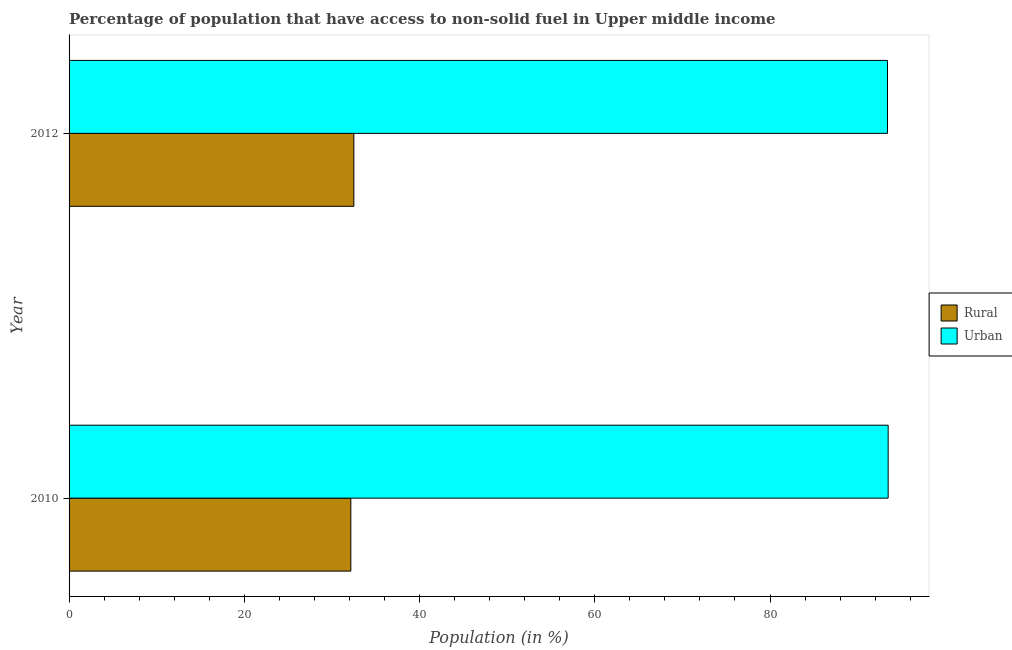
| Year | Rural | Urban |
 | --- | --- | --- |
 | 2010 | 32.2 | 93.5 |
 | 2012 | 32.5 | 93.4 |